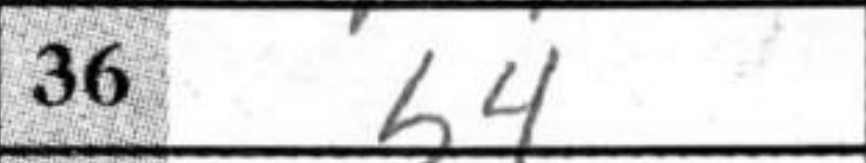
Transcription: b4